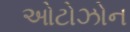
ઓટોઝોન